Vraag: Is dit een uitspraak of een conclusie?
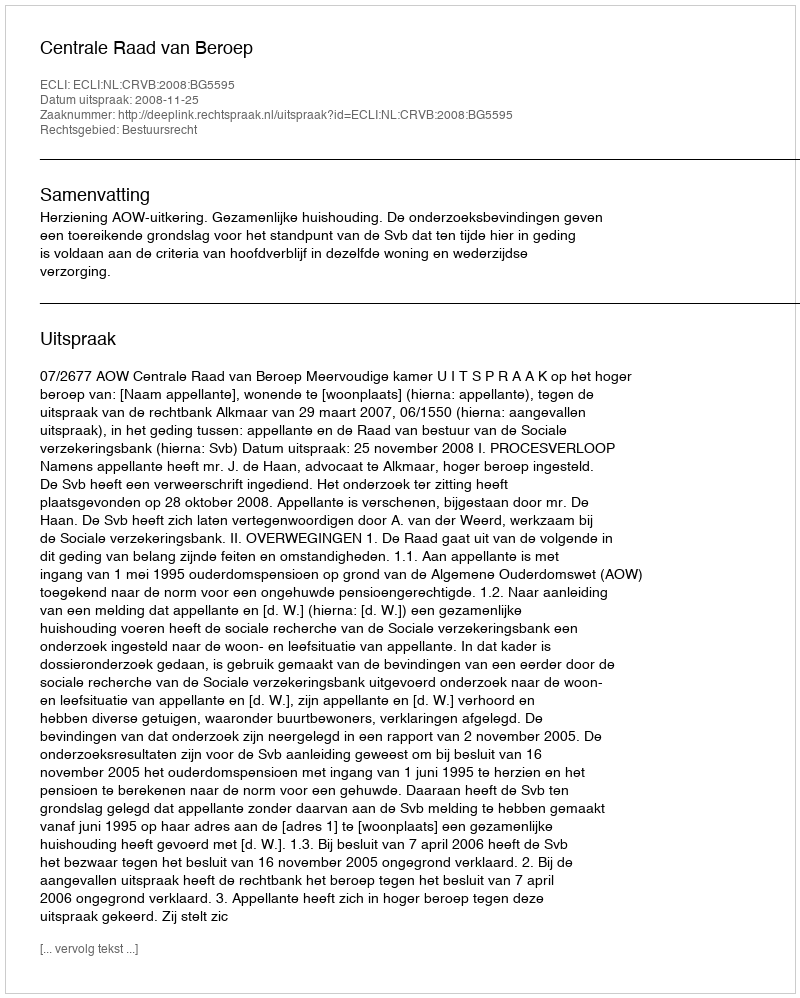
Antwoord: Uitspraak